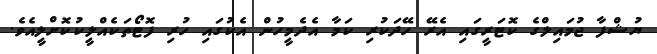
ޔުޝްފާ ޖުމައިލްގެ ކޮޓަރީގައި އެރޭ ހޭދަކުރި ކަމާ އެދެމީހުން އެކުގައި ހުރި ފޮޓޯތަކެއްލީކުކޮށްލީއެވެ.